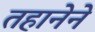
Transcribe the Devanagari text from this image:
तहानेने